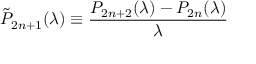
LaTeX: \tilde { P } _ { 2 n + 1 } ( \lambda ) \equiv \frac { P _ { 2 n + 2 } ( \lambda ) - P _ { 2 n } ( \lambda ) } { \lambda }